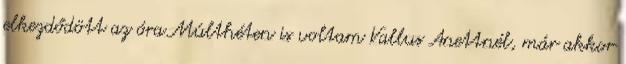
elkezdődött az óra.Múlthéten is voltam Vallus Anettnél, már akkor